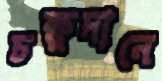
চক্ষুদানে